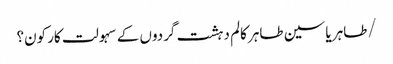
/طاہر یاسین طاہر	کالم	دہشت گردوں کے سہولت کار کون؟